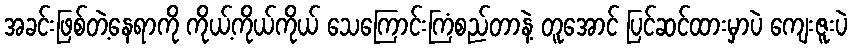
အခင်းဖြစ်တဲ့နေရာကို ကိုယ့်ကိုယ်ကိုယ် သေကြောင်းကြံစည်တာနဲ့ တူအောင် ပြင်ဆင်ထားမှာပဲ ကျေးဇူးပဲ